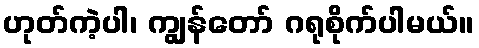
ဟုတ်ကဲ့ပါ၊ ကျွန်တော် ဂရုစိုက်ပါမယ်။